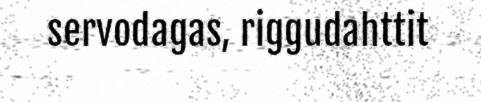
servodagas, riggudahttit